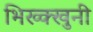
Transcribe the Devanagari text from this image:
भिख्क्खुनी